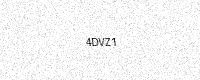
Text: 4DVZ1